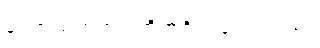
နဲ့ပတ်သက်တဲ့ပြတိုက်ရှိ ပါသေးတယ်။